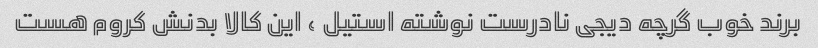
برند خوب گرچه دیجی نادرست نوشته استیل ، این کالا بدنش کروم هست